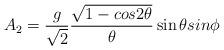
LaTeX: \begin{align*}A_2=\frac{g}{\sqrt 2}\frac{\sqrt{1-cos2{\theta}}}{{\theta}}\sin{\theta}sin{\phi}\end{align*}